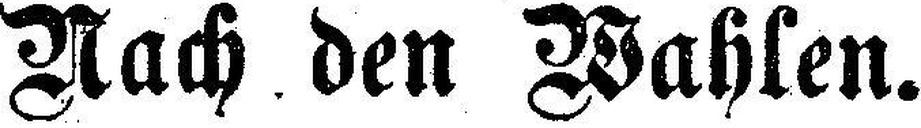
Nach den Wahlen.